Annual report of the Punjab Veterinary College and of the Civil Veterinary Department, Punjab - 1909-1919
Year: 1909
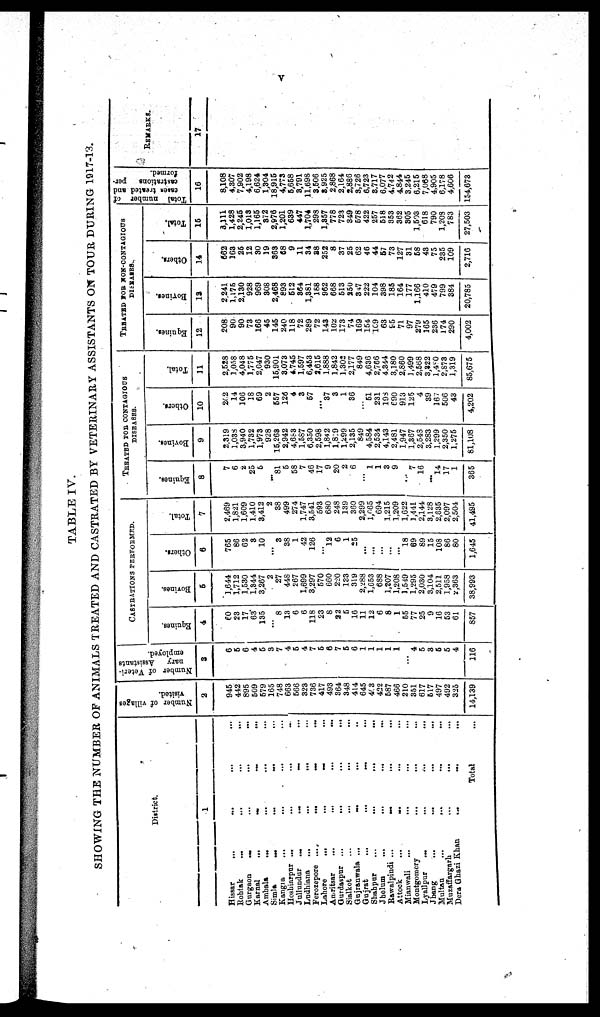
v
TABLE IV.
SHOWING THE NUMBER OF ANIMALS TREATED AND CASTRATED BY VETERINARY ASSISTANTS ON TOUR DURING 1917-13.
District.
1
Hissar ... ... ... ...
Rohtak ... ... ... ...
Gurgaon
...
...
...
...
Karnal
...
...
...
...
Ambala ... ... ... ...
Simla
...
...
...
...
Kangra
...
...
...
...
Hoshiarpur ... ... ... ...
Jullundar
...
...
...
...
Ludhiana
...
...
...
...
Ferozepore
...
...
...
...
Lahore
...
...
...
...
Amritsar
...
...
...
...
Gurdaspur
...
...
...
...
Sialkot ... ... ... ...
Gujranwala ... ... ... ...
Gujrat
...
...
...
...
Shahpur
...
...
...
...
Jhelum ... ... ... ...
Rawalpindi ... ... ... ...
Attock ... ... ... ...
Mianwali ... ... ... ...
Montgomery ... ... ...
Lyallpur ... ... ... ...
Jhang ... ... ... ...
Multan
...
...
...
...
Muzaffargarh ... ... ...
Dera Ghazi Khan ... ... ...
Total
Number of villages
visited.
2
945
442
895
509
579
165
748
663
566
323
736
417
493
364
348
414
645
4 3
422
587
466
210
351
617
517
497
492
325
14,139
Number of Veteri-
nary
Assistances
employed.
3
6
5
6
4
5
3
7
4
5
4
7
5
6
7
5
6
1
1
1
1
1
...
4
5
3
5
5
4
116
CASTRATIONS PERFORMED.
Equines.
4
60
23
17
63
135
...
8
13
6
6
118
23
8
22
5
16
11
12
6
8
1
55
77
25
9
16
53
61
857
Bovines.
5
1,644
1,712
1,530
1,344
3,267
2
27
448
267
1,699
3,297
570
660
220
133
319
2,288
1,653
688
1,207
1,208
1,549
1,295
2,030
3,104
2,511
1,958
2,363
38,993
Others.
6
765
86
62
3
10
...
3
38
1
42
126
...
12
6
1
25
...
...
...
...
...
18
69
89
15
108
86
80
1,645
Total.
7
2,469
1,821
1,609
1,410
3,412
2
38
499
274
1,747
3,541
593
680
248
139
360
2,299
1,665
694
1,215
1,209
1.622
1,441
2,144
3,128
2,635
2,097
2,504
41,495
TREATED FOR CONTAGIOUS
DISEASES.
Equines.
8
7
6
2
25
5
...
81
6
58
7
46
17
9
20
2
6
...
1
1
3
9
...
7
16
...
14
17
1
365
Bovines.
9
2,319
1,038
3,940
1,732
1,973
928
15,268
2,942
4,683
1,587
6,350
2,598
1,842
1,8 9
1,299
2,135
849
4,584
2,534
4,143
2,481
1,947
1,367
2,548
3,283
1,299
2,350
1,275
81,108
Others.
10
202
14
106
18
69
2
557
126
4
3
57
...
37
3
1
36
...
51
231
198
690
913
125
4
39
167
506
43
4,202
Total.
11
2,528
1,058
4,048
1,776
2,047
930
15,901
3,073
4,745
1,597
6,453
2,615
1,888
1,842
1,302
2,177
849
4,636
2,766
4,844
3,180
2,860
1,499
2,568
3,122
l,4 0
2,873
1,319
85,675
TREATED FOR NON-CONTAGIOUS
DISEASES.
Equines.
12
208
90
90
73
166
45
145
240
118
72
289
72
143
102
173
74
169
154
109
63
95
71
97
279
165
236
174
290
4,002
Bovines.
13
2,241
1,175
2,130
928
969
308
2,468
893
512
364
1,381
188
962
668
513
250
3 7
222
104
398
185
164
177
1,166
410
479
799
384
20,785
Others.
14
662
163
26
12
30
19
363
68
9
11
34
28
252
8
37
25
62
46
44
57
73
127
31
58
43
75
235
109
2,716
Total.
15
3,111
1,428
2,245
1,013
1,165
372
2,976
1,201
639
447
1,704
298
1,357
778
723
349
578
422
257
518
353
362
305
1,503
618
790
1,208
783
27,503
Total number of
cases treated and
castrations
per-
formed.
16
8,108
4,307
7,902
4,198
6,624
1,304
18,915
4,773
5,658
8,791
11,698
3,506
3,925
2,868
2,164
2,886
3,726
6,723
3,717
6,077
4,742
4,844
3,245
6,215
7,068
4,905
6,178
4,606
154,673
REMARKS.
17